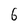
Character: 6